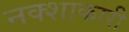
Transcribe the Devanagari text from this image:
नक्शाकारी